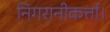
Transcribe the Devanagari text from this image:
निगरानीकर्त्ता।